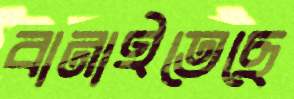
বানাইতেছে